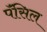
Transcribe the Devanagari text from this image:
पॅंसिल